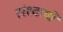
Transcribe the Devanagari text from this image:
संश्दायों